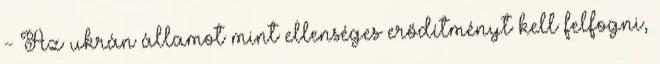
- Az ukrán államot mint ellenséges erődítményt kell felfogni,